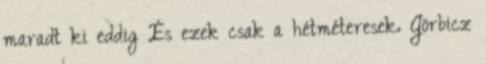
maradt ki eddig És ezek csak a hétméteresek. Görbicz